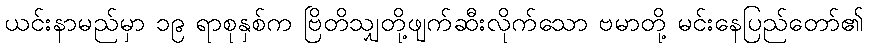
ယင်းနာမည်မှာ ၁၉ ရာစုနှစ်က ဗြိတိသျှတို့ဖျက်ဆီးလိုက်သော ဗမာတို့ မင်းနေပြည်တော်၏